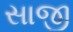
સાજી